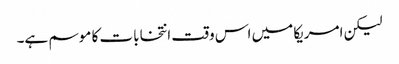
لیکن امریکا میں اس وقت انتخابات کا موسم ہے۔